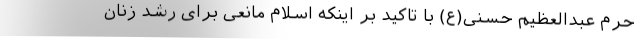
حرم عبدالعظیم حسنی(ع) با تاکید بر اینکه اسلام مانعی برای رشد زنان